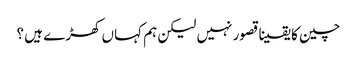
چین کا یقینا قصور نہیں لیکن ہم کہاں کھڑے ہیں ؟